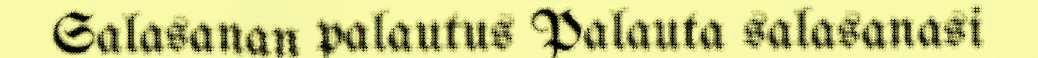
Salasanan palautus Palauta salasanasi